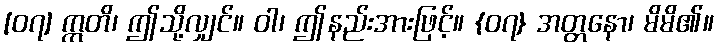
[၀၇] ဣတိ၊ ဤသို့လျှင်။ ဝါ၊ ဤနည်းအားဖြင့်။ {၀၇} အတ္တနော၊ မိမိ၏။